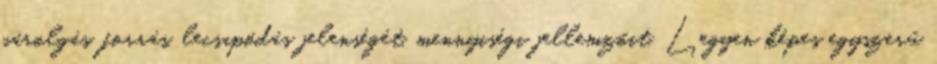
párolgás, forrás, lecsapódás jelenségét, mennyiségi jellemzőit. Legyen képes egyszerű